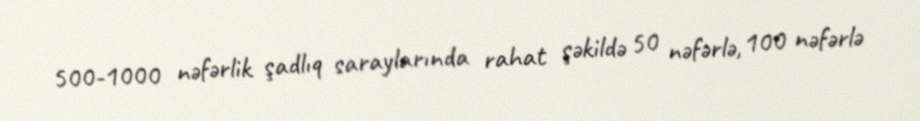
500-1000 nəfərlik şadlıq saraylarında rahat şəkildə 50 nəfərlə, 100 nəfərlə